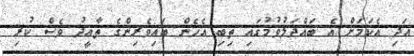
އަދި އެކަމަށް އެ ބައްދަލުވުމުގައި ތިބި އެހެން ބައިވެރިންގެ ތާއީދު ވެސް ކުރި